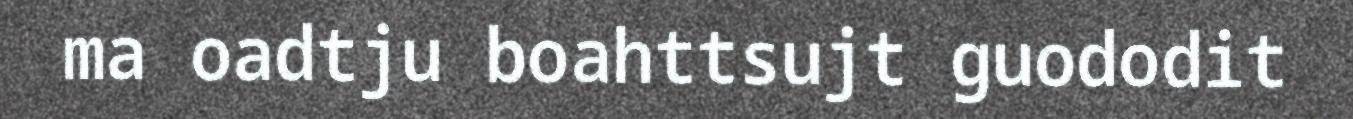
ma oadtju boahttsujt guododit